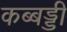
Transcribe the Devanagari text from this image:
कब्बड्डी